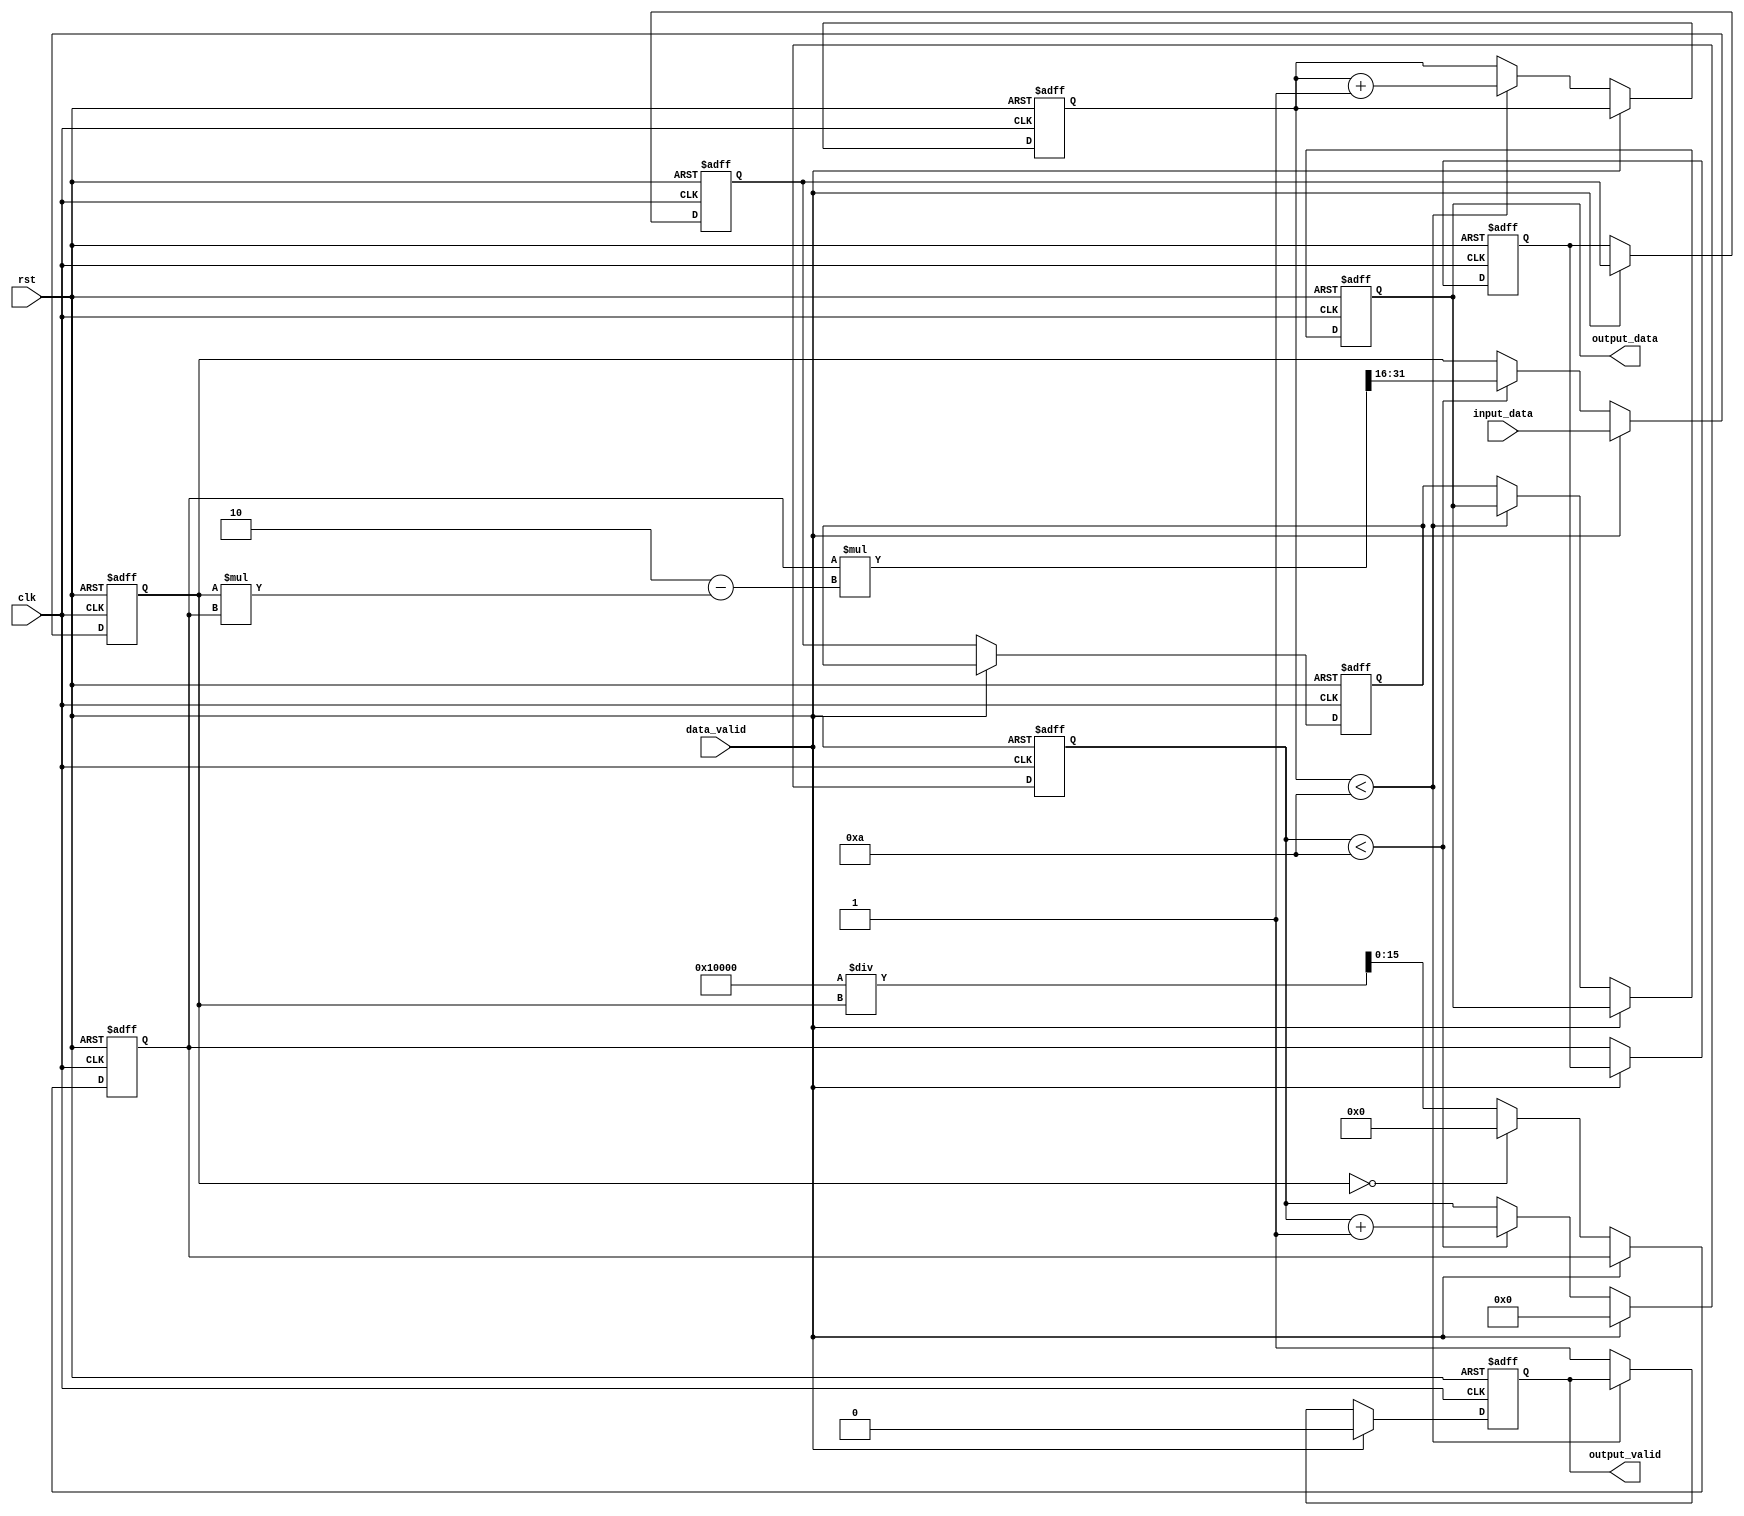
module systolic_array_reciprocal #(
    parameter DATA_WIDTH = 16,
    parameter NUM_PES = 4,
    parameter MAX_ITER = 10
)(
    input wire clk,
    input wire rst,
    input wire [DATA_WIDTH-1:0] input_data,
    input wire data_valid,
    output reg [DATA_WIDTH-1:0] output_data,
    output reg output_valid
);

    // Processing Element (PE) definition
    reg [DATA_WIDTH-1:0] pe [0:NUM_PES-1];
    reg [DATA_WIDTH-1:0] intermediate [0:NUM_PES-1];
    reg [3:0] iteration_count [0:NUM_PES-1];
    
    integer i;

    // Control Unit
    always @(posedge clk or posedge rst) begin
        if (rst) begin
            for (i = 0; i < NUM_PES; i = i + 1) begin
                pe[i] <= 0;
                intermediate[i] <= 0;
                iteration_count[i] <= 0;
            end
            output_data <= 0;
            output_valid <= 0;
        end else if (data_valid) begin
            // Load input data into the first PE
            pe[0] <= input_data;
            iteration_count[0] <= 0;
            output_valid <= 0;
        end else begin
            // Systolic data flow
            for (i = 0; i < NUM_PES; i = i + 1) begin
                if (i == 0) begin
                    // First PE computes initial approximation
                    intermediate[i] <= (pe[i] == 0) ? 0 : (1 << DATA_WIDTH) / pe[i]; // Initial guess
                end else begin
                    // Other PEs take input from the previous PE
                    intermediate[i] <= intermediate[i-1];
                end
                
                // Newton-Raphson iteration for reciprocal approximation
                if (iteration_count[i] < MAX_ITER) begin
                    pe[i] <= intermediate[i] * (2 - pe[i] * intermediate[i]) >> DATA_WIDTH; // Update approximation
                    iteration_count[i] <= iteration_count[i] + 1;
                end else begin
                    // Final output
                    if (i == NUM_PES - 1) begin
                        output_data <= intermediate[i];
                        output_valid <= 1;
                    end
                end
            end
        end
    end

endmodule